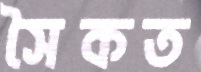
সৈকত